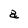
Character: a